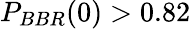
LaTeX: P_{BBR}(0)>0.82